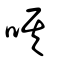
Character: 唭